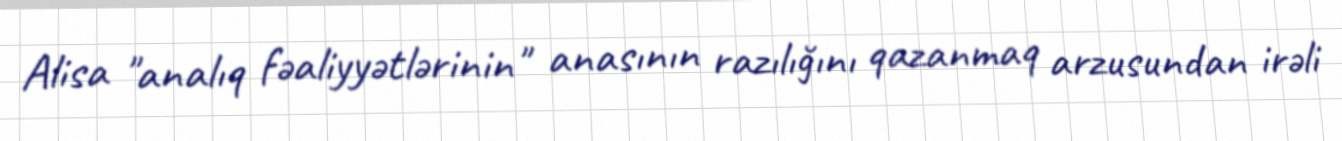
Alisa "analıq fəaliyyətlərinin" anasının razılığını qazanmaq arzusundan irəli